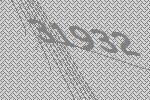
31932